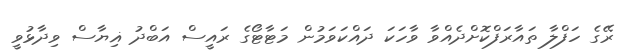
ރޭގެ ހަފްލާ ތައާރަފްކޮށްދެއްވާ ވާހަކަ ދައްކަވަމުން މަޓާޓޯގެ ރައީސް އަބްދު ޣިޔާސް ވިދާޅުވީ